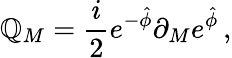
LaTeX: \mathbb{Q}_{M}={\frac{{i}}{{2}}}e^{-\hat{{\phi}}}\partial_{M}e^{\hat{{\phi}}}\, ,